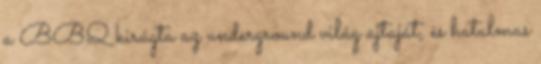
a BBQ kirúgta az underground világ ajtaját, és hatalmas